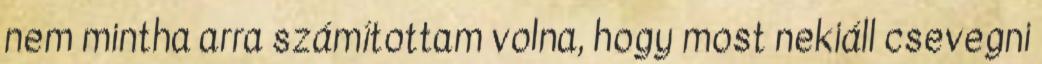
nem mintha arra számítottam volna, hogy most nekiáll csevegni